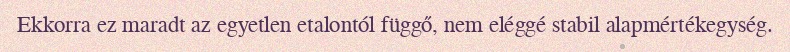
Ekkorra ez maradt az egyetlen etalontól függő, nem eléggé stabil alapmértékegység.